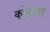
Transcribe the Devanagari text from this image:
कोहीज़न